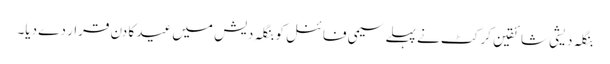
بنگلہ دیشی شائقین کرکٹ نے پہلے سیمی فائنل کو بنگلہ دیش میں عید کا دن قرار دے دیا۔